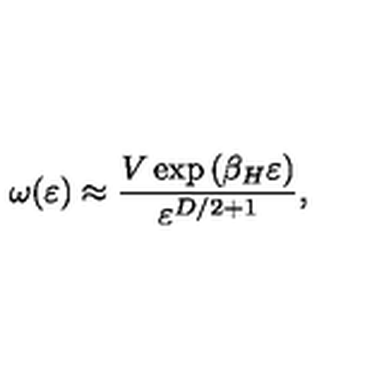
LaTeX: \omega ( \varepsilon ) \approx { \frac { V \exp { ( \beta _ { H } \varepsilon ) } } { \varepsilon ^ { D / 2 + 1 } } } ,